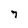
Character: 7